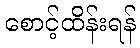
စောင့်ထိန်းရန်